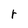
Character: r